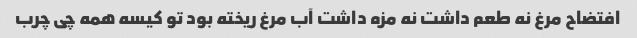
افتضاح مرغ نه طعم داشت نه مزه داشت آب مرغ ریخته بود تو کیسه همه چی چرب